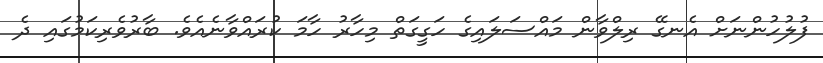
ފުލުހުންނަށް އެނގޭ ރިލްވާން މައްސަލައިގެ ހަގީގަތް މިހާރު ހާމަ ކުރައްވާނެއެވެ. ބާރުވެރިކަމުގައި ދެ